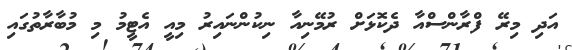
އަދި މިރޭ ފްރާންސްއާ ދެކޮޅަށް ރުމޭނިއާ ނިކުންނައިރު މިއީ އެޓީމު މި މުބާރާތުގައި